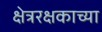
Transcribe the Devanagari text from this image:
क्षेत्ररक्षकाच्या